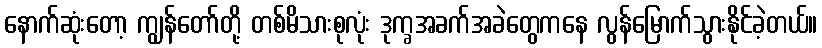
နောက်ဆုံးတော့ ကျွန်တော်တို့ တစ်မိသားစုလုံး ဒုက္ခအခက်အခဲတွေကနေ လွန်မြောက်သွားနိုင်ခဲ့တယ်။